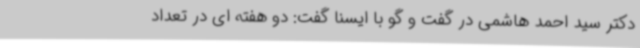
دکتر سید احمد هاشمی در گفت و گو با ایسنا گفت: دو هفته ای در تعداد